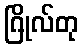
ဂြိုလ်တု